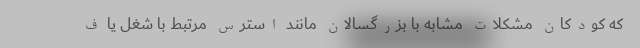
که کودکان مشکلات مشابه با بزرگسالان مانند استرس مرتبط با شغل یا ف